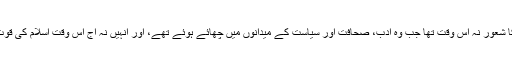
کتنی عجیب بات ہے کہ بائیں بازو کے دانش وروں اور رہنمائوں کو اسلام کی اس قوت کا شعور نہ اُس وقت تھا جب وہ ادب، صحافت اور سیاست کے میدانوں میں چھائے ہوئے تھے، اور انہیں نہ آج اس وقت اسلام کی قوت کا احساس ہے جب ان کے یہاں اپنی ناکامی کے حوالے سے صفِ ماتم بچھی ہوئی ہے۔